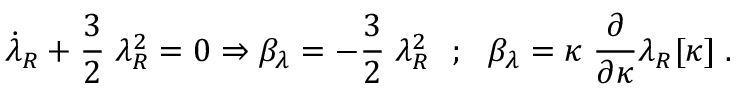
\dot { \lambda } _ { R } + \frac { 3 } { 2 } \; \lambda _ { R } ^ { 2 } = 0 \Rightarrow \beta _ { \lambda } = - \frac { 3 } { 2 } \; \lambda _ { R } ^ { 2 } ~ ~ ; ~ ~ \beta _ { \lambda } = \kappa \; \frac { \partial } { \partial \kappa } \lambda _ { R } [ \kappa ] \; .